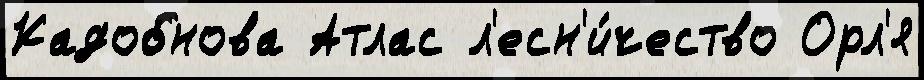
Кадобнова Атлас л'есн'и́чество Орл'я